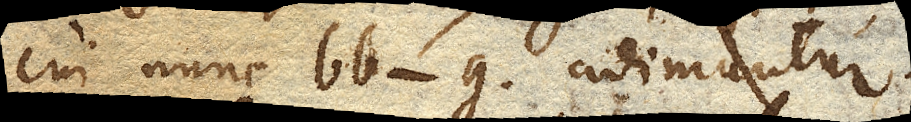
cui nunc bb-g adimatur.